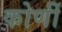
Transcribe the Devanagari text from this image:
कोणीं